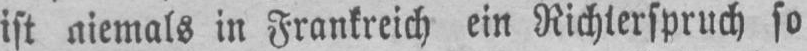
ist niemals in Frankreich ein Richterspruch so